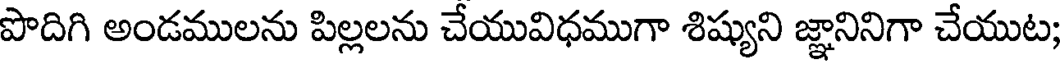
పొదిగి అండములను పిల్లలను చేయువిధముగా శిష్యుని జ్ఞానినిగా చేయుట;